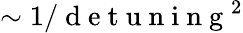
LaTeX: \sim 1/\mathrm{~d~e~t~u~n~i~n~g~}^{2}